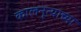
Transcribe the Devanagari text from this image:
कालनृत्याच्या